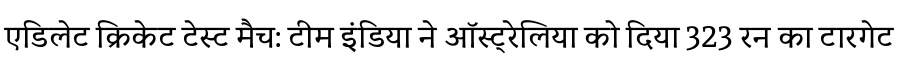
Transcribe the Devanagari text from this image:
एडिलेट क्रिकेट टेस्ट मैच: टीम इंडिया ने ऑस्ट्रेलिया को दिया 323 रन का टारगेट